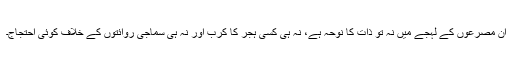
ان مصرعوں کے لہجے میں نہ تو ذات کا نوحہ ہے، نہ ہی کسی ہجر کا کرب اور نہ ہی سماجی روائتوں کے خلاف کوئی احتجاج۔